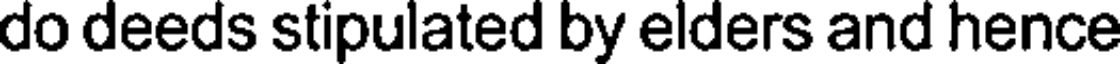
do deeds stipulated by elders and hence